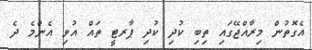
އެގޮތުން މިރާއްޖޭގައި ތިބި ކުދި ކުދި ޕާރޓީ ތައް އުވި އެންމެ ދެ